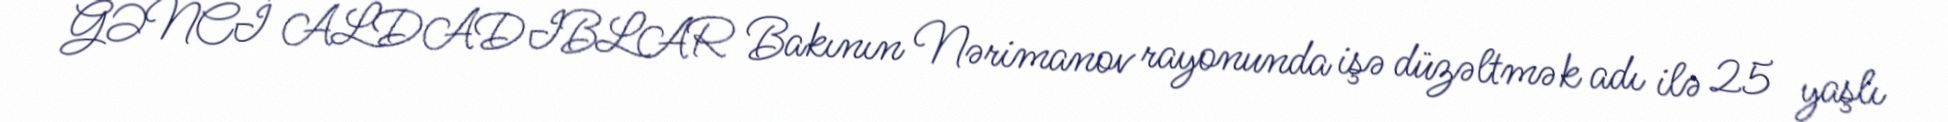
GƏNCİ ALDADIBLAR Bakının Nərimanov rayonunda işə düzəltmək adı ilə 25 yaşlı